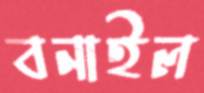
বনাইল